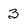
Character: 3